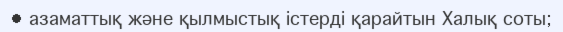
• азаматтық және қылмыстық істерді қарайтын Халық соты;